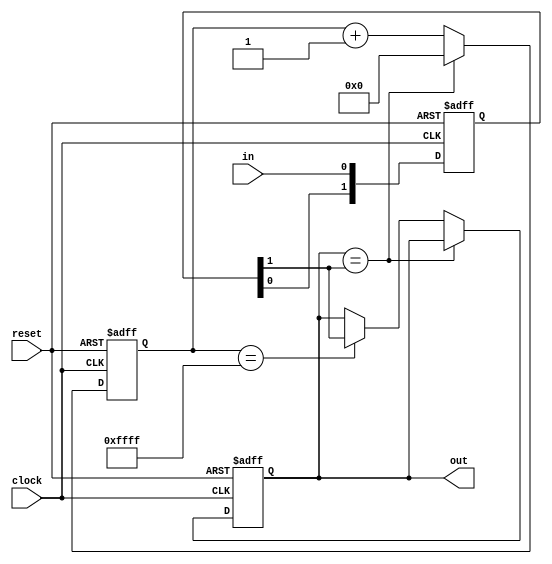
/*
 * Debounce an input signal by waiting for input to stabilize for parameterized amount of time
 * @see http://www.eecs.umich.edu/courses/eecs270/270lab/270_docs/debounce.html
 *
 * @author mlewis61@gatech.edu
 * @date 2019-10-03
 *
 * 
 * @tparam     COUNTER_WIDTH the bit width of the counter to fill at the input clock speed before changing output
 *                               defaults to 16, or approximately 655 ns at 100 MHz clock input
 *
 * @param[in]  clock         the clock used to increment the internal counter
 * @param[in]  reset         active-high reset of debouncing history and counters
 * 
 * @param[in]  in            the input signal to be debounced
 * 
 * @param[out] out           the output, debounced signal
 */
module Debouncer #(
	parameter COUNTER_WIDTH = 16
)(
	input  wire clock,
	input  wire reset,
	
	input  wire in,
	
	output reg  out
);
	
	// Synchronize input to clock through shift register
	reg [1:0] history;
	always @(posedge reset, posedge clock)
	begin
		if (reset)
		begin
			history <= 0;
		end
		
		else
		begin
			history = {history[0], in};
		end
	end
	
	
	// Debounce input by waiting for a counter to fill with stable input before propagating to output
	reg [COUNTER_WIDTH-1 : 0] counter;
	always @(posedge reset, posedge clock)
	begin
		if (reset)
		begin
			counter <= {COUNTER_WIDTH{1'b0}};
			out     <= 0;
		end
		
		else
		begin
			// No need to debounce if the output and the older of the history bits are the same, so reset counter
			if (out == history[1])
			begin
				counter <= {COUNTER_WIDTH{1'b0}};
			end
			
			// Otherwise, the input and output signals are different, so count up
			else
			begin
				counter <= counter + 1;
				
				// If the counter is maxed out, propagate input to output
				if (counter == {COUNTER_WIDTH{1'b1}})
				begin
					out <= history[1];
				end
			end
		end
	end
endmodule